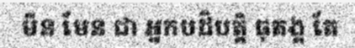
មិន មែន ជា អ្នកបដិបត្តិ ធុតង្គ តែ